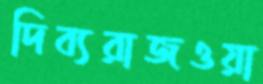
দিব্যরাজওয়া